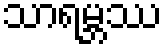
သာရမ္ဘဿ